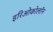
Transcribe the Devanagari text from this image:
इरिओकोलॉन